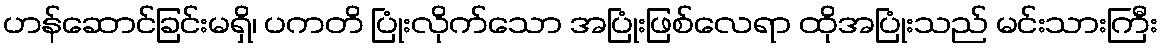
ဟန်ဆောင်ခြင်းမရှိ၊ ပကတိ ပြုံးလိုက်သော အပြုံးဖြစ်လေရာ ထိုအပြုံးသည် မင်းသားကြီး